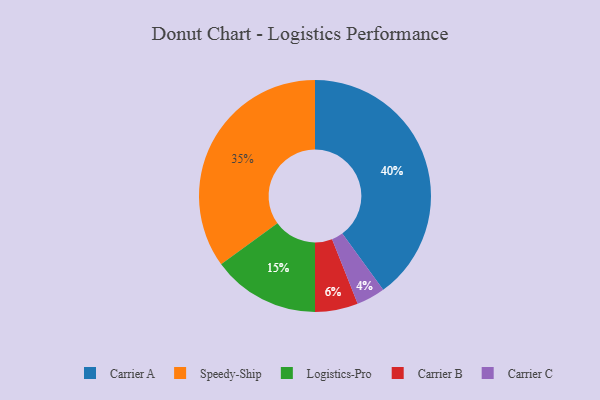
{"axis": {"x": "Category", "y": "Percentage"}, "legend": ["Carrier A", "Carrier B", "Carrier C", "Logistics-Pro", "Speedy-Ship"], "data": [{"x": "Speedy-Ship", "y": 35, "type": "Speedy-Ship"}, {"x": "Logistics-Pro", "y": 15, "type": "Logistics-Pro"}, {"x": "Carrier C", "y": 4, "type": "Carrier C"}, {"x": "Carrier A", "y": 40, "type": "Carrier A"}, {"x": "Carrier B", "y": 6, "type": "Carrier B"}]}